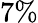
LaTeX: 7\%